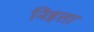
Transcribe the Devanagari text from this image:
निहत्ता